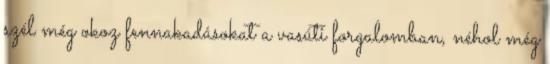
szél még okoz fennakadásokat a vasúti forgalomban, néhol még